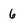
Character: 6